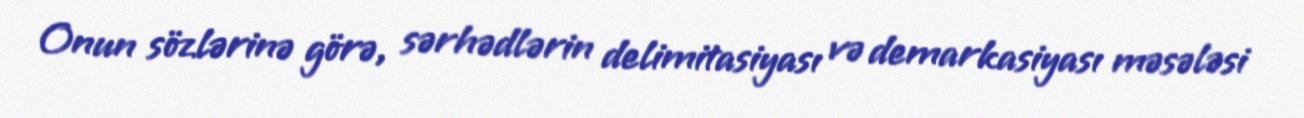
Onun sözlərinə görə, sərhədlərin delimitasiyası və demarkasiyası məsələsi